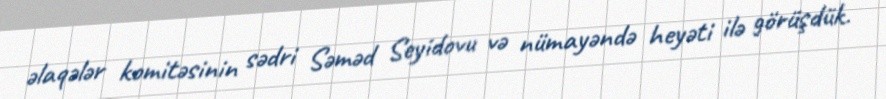
əlaqələr komitəsinin sədri Səməd Seyidovu və nümayəndə heyəti ilə görüşdük.